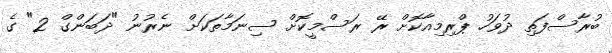
ބުރާސްފަތި ދުވަހު ޕްރިމިއާކޮށް ރޭ ރަސްމީކޮށް ސިނަމާތަކަށް ނެރުނު "ދަބަންގް 2" ގެ